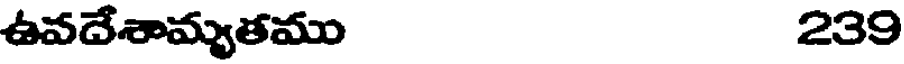
ఉవదేశామ్యతము 239